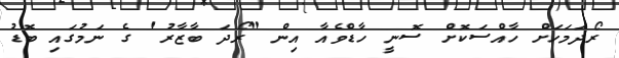
ރޯދަމަހަށް ހާއްސަކޮށް ސޮނީ ހާޑްވެއާ އިން "ރޯދަ ބާޒާރު' ގެ ނަމުުގައި ބޮޑު